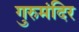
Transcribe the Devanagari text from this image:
गुरुमंदिर